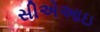
સીએઆઇ